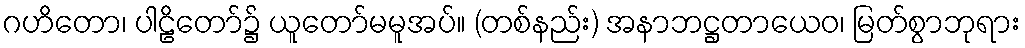
ဂဟိတော၊ ပါဠိတော်၌ ယူတော်မမူအပ်။ (တစ်နည်း) အနာဘဋ္ဌတာယေဝ၊ မြတ်စွာဘုရား